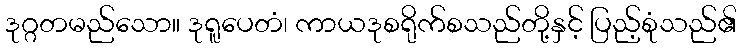
ဒုဂ္ဂတမည်သော။ ဒုရူပေတံ၊ ကာယဒုစရိုက်စသည်တို့နှင့် ပြည့်စုံသည်၏